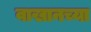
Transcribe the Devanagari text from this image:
वाखानच्या